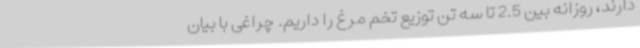
دارند، روزانه بین 2.5 تا سه تن توزیع تخم مرغ را داریم. چراغی با بیان